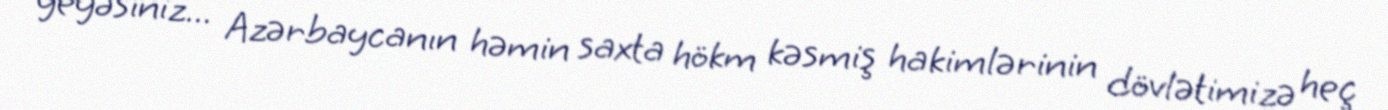
yeyəsiniz... Azərbaycanın həmin saxta hökm kəsmiş hakimlərinin dövlətimizə heç